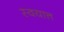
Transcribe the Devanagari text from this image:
स्वयात्त